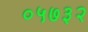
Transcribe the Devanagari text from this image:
०५७३२